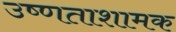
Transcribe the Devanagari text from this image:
उष्णताशामक